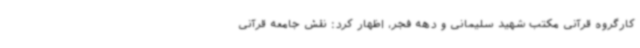
کارگروه قرآنی مکتب شهید سلیمانی و دهه فجر، اظهار کرد: نقش جامعه قرآنی